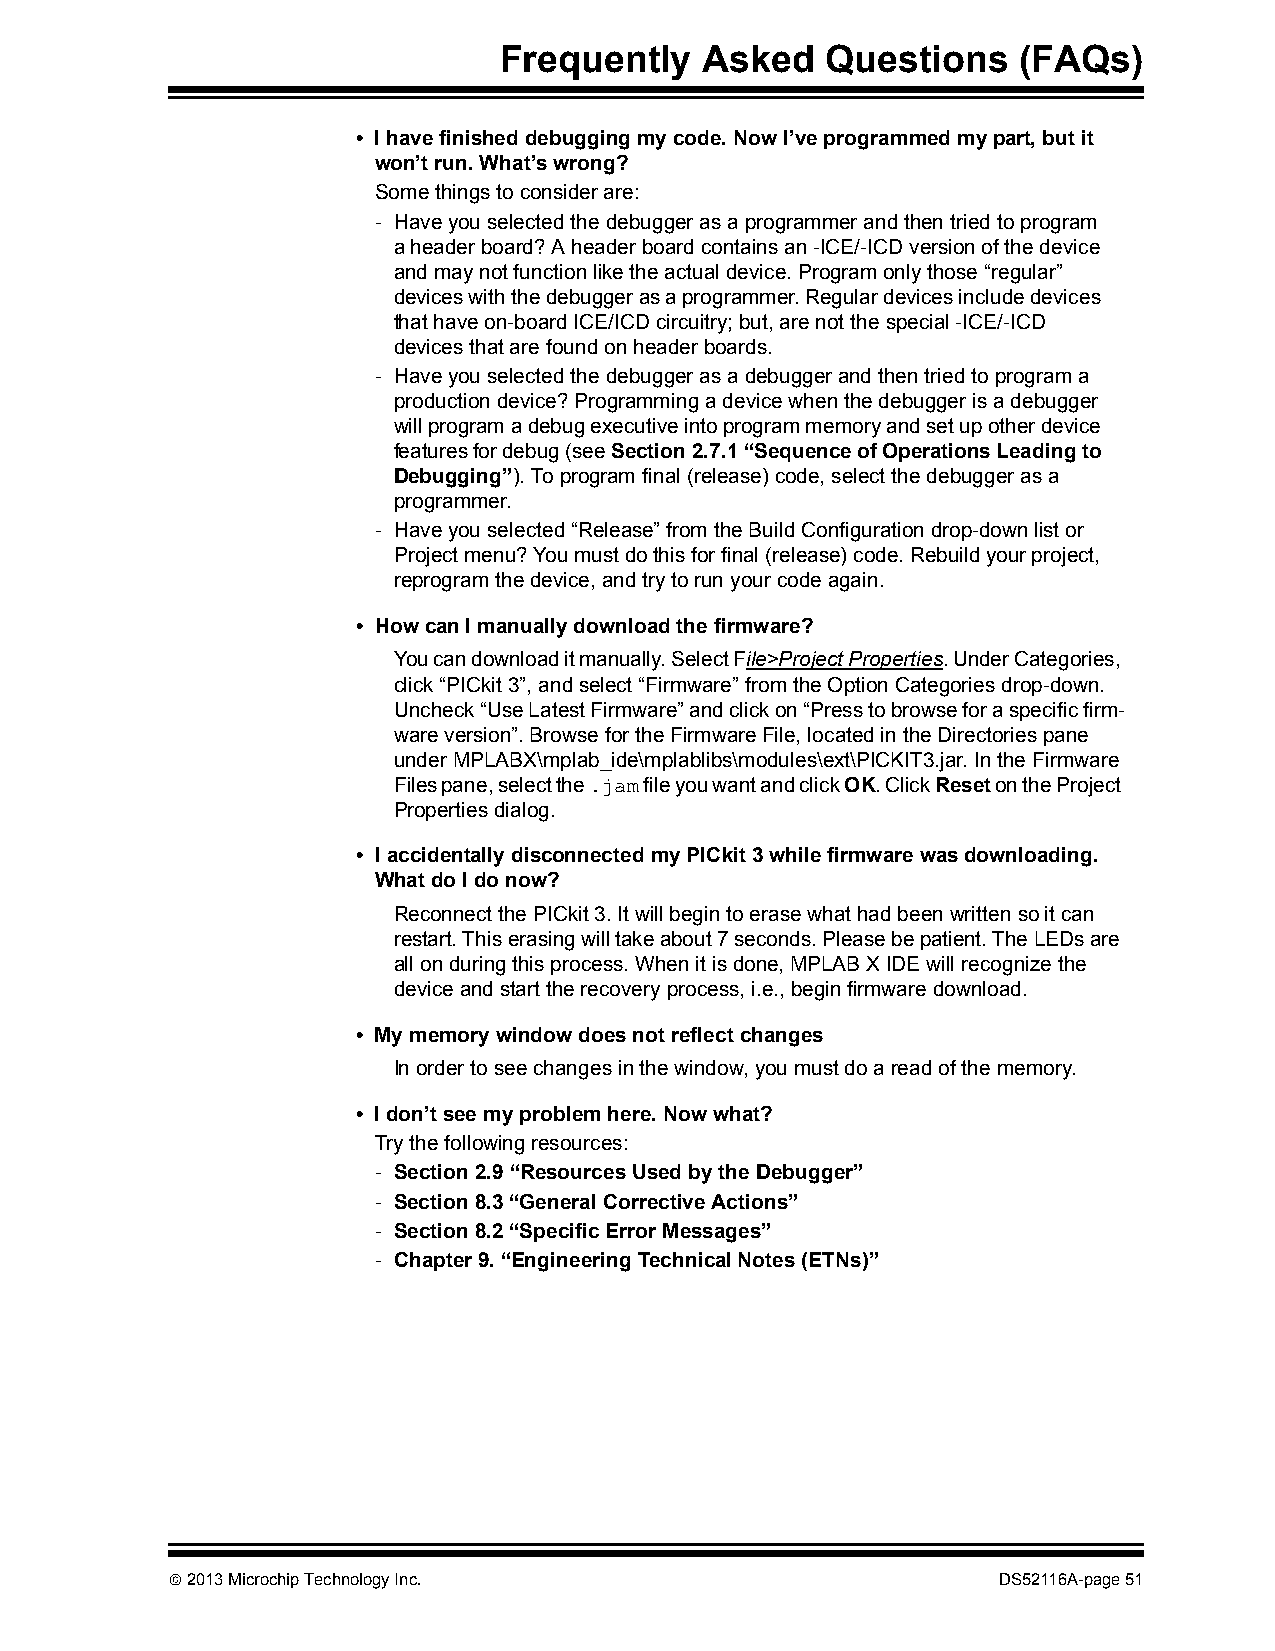
Frequently   Asked    Questions   (FAQs)
 • I have finished debugging my code. Now I’ve programmed my part, but it
 won’t run. What’s wrong?
 Some things to consider are:
 - Have you selected the debugger as a programmer and then tried to program
 a header board? A header board contains an -ICE/-ICD version of the device
 and may not function like the actual device. Program only those “regular”
 devices with the debugger as a programmer. Regular devices include devices
 that have on-board ICE/ICD circuitry; but, are not the special -ICE/-ICD
 devices that are found on header boards.
 - Have you selected the debugger as a debugger and then tried to program a
 production device? Programming a device when the debugger is a debugger
 will program a debug executive into program memory and set up other device
 features for debug (see Section2.7.1“Sequence of Operations Leading to
 Debugging”). To program final (release) code, select the debugger as a
 programmer.
 - Have you selected “Release” from the Build Configuration drop-down list or
 Project menu? You must do this for final (release) code. Rebuild your project,
 reprogram the device, and try to run your code again.
 • How can I manually download the firmware?
 You can download it manually. Select File>Project Properties. Under Categories,
 click “PICkit 3”, and select “Firmware” from the Option Categories drop-down.
 Uncheck “Use Latest Firmware” and click on “Press to browse for a specific firm-
 ware version”. Browse for the Firmware File, located in the Directories pane
 under MPLABX\mplab_ide\mplablibs\modules\ext\PICKIT3.jar. In the Firmware
 Files pane, select the .jam file you want and click OK. Click Reset on the Project
 Properties dialog.
 • I accidentally disconnected my PICkit 3 while firmware was downloading.
 What do I do now?
 Reconnect the PICkit 3. It will begin to erase what had been written so it can
 restart. This erasing will take about 7 seconds. Please be patient. The LEDs are
 all on during this process. When it is done, MPLAB X IDE will recognize the
 device and start the recovery process, i.e., begin firmware download.
 • My memory window does not reflect changes
 In order to see changes in the window, you must do a read of the memory.
 • I don’t see my problem here. Now what?
 Try the following resources:
 - Section2.9“Resources Used by the Debugger”
 - Section8.3“General Corrective Actions”
 - Section8.2“Specific Error Messages”
 - Chapter 9.“Engineering Technical Notes (ETNs)”
  2013 Microchip Technology Inc.                       DS52116A-page 51